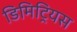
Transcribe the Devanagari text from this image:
डिमिट्रियस